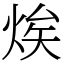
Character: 㶼